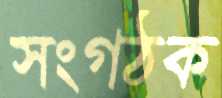
সংগঠক